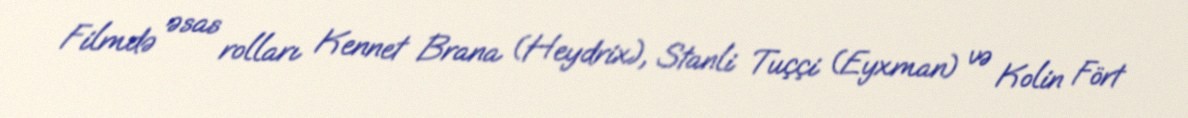
Filmdə əsas rolları Kennet Brana (Heydrix), Stanli Tuççi (Eyxman) və Kolin Fört